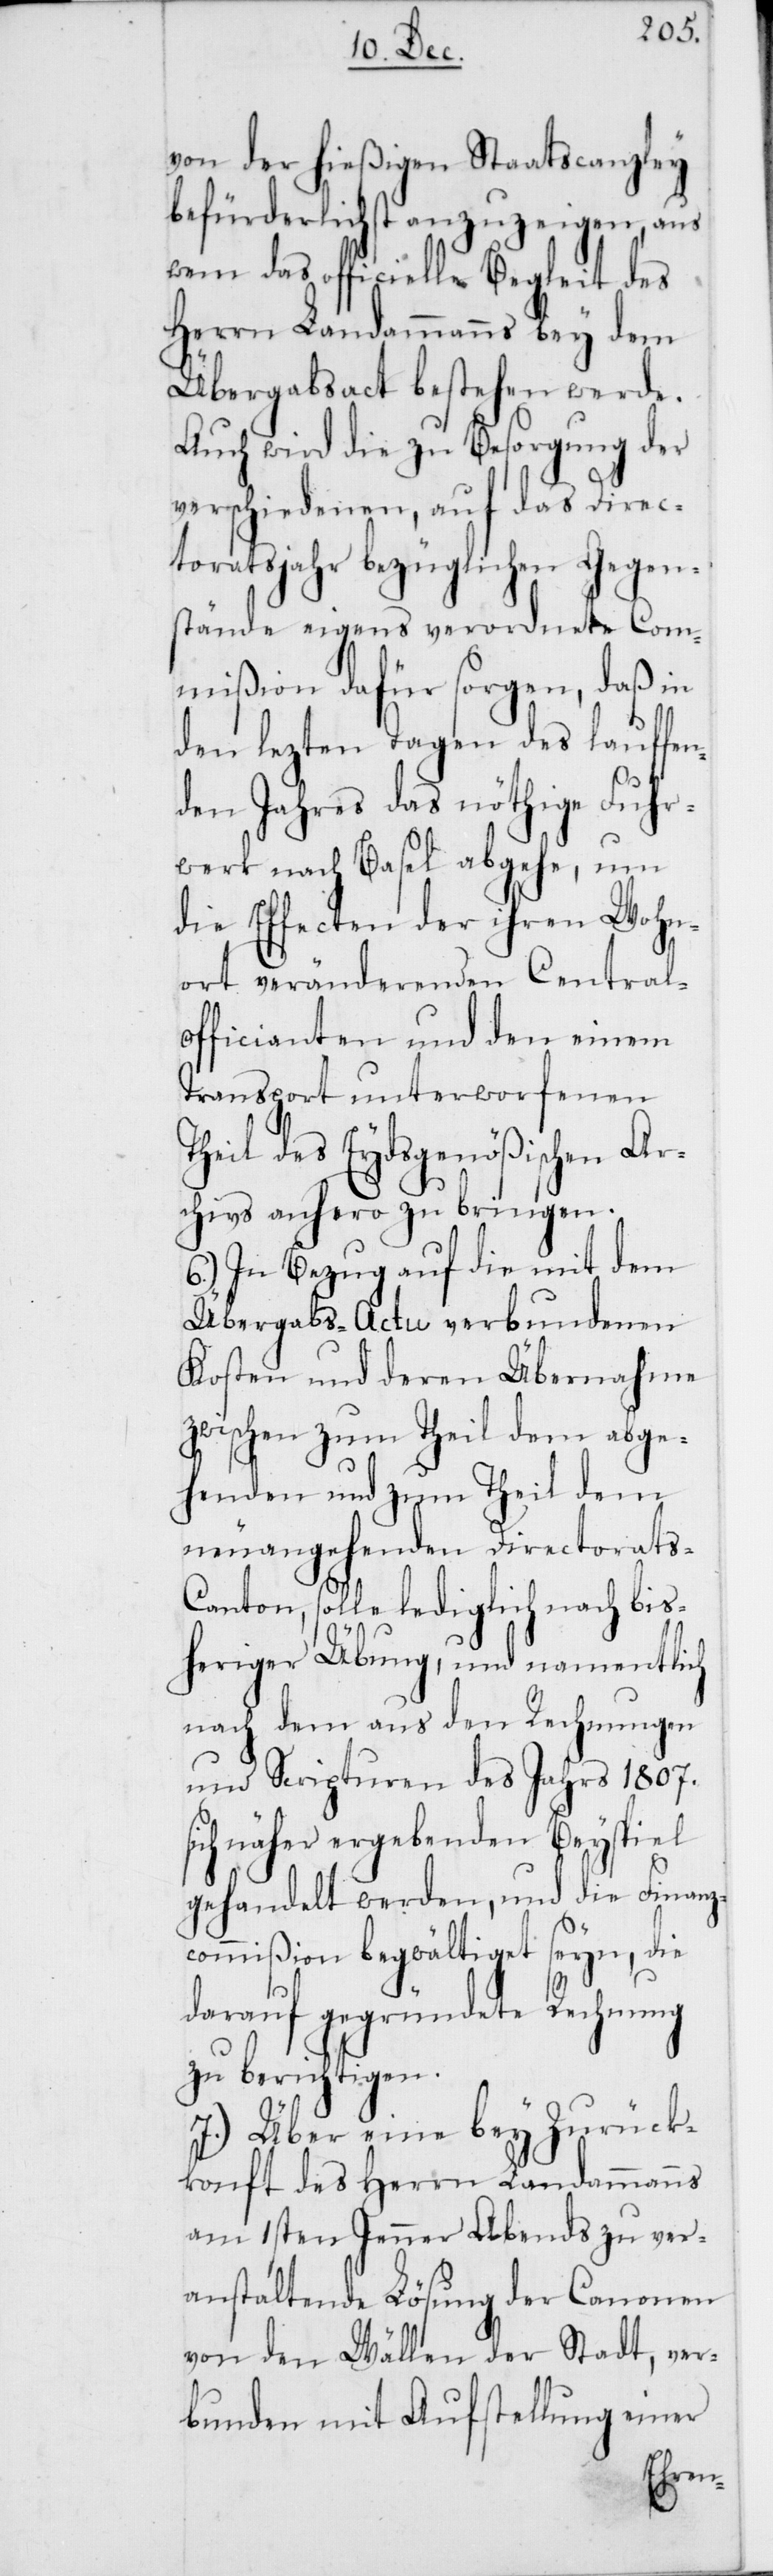
von der hießigen Sta¬
zc¬
befürderlichst anzuzei¬
lau¬
wem das officielle Begleit des
Herrn Landammanns bey dem
Übergabsact bestehen
Auch wird die zu Besorg¬
tor¬
verschiedenen, auf das
toratsjahr bezüglichen Gegen¬
stände eigens verordnete
Com¬
mißion dafür sorgen, daß in
den lezten Tagen des
ffen¬
den Jahres das nöthige Fuhr¬
werk nach Basel abgehe, um
die Effecten der ihren Wohn¬
ort veränderenden Central¬
officianten und den einem
Transport unterworfenen
Theil des Eydsgenößischen Ar¬
chivs anhero zu bringen.
6.) In Bezug auf die mit dem
Übergabs-Actu verbundenen
Kosten und deren Übernahme
zwischen zum Theil dem abge¬
henden und zum Theil dem
ats-C¬
neuangehenden Direc¬
anton, solle lediglich nach bis¬
heriger Übung, und namentlich
nach dem aus den Rechnungen
und Scripturen des Jahrs 1807.
sich näher ergebenden Beyspiel
gehandelt werden, und die Finan¬
ommißion begwältiget seyn, die
darauf gegründete Rechnung
zu berichtigen.
7.) Über eine bey Zurück¬
konft des Herrn Landammanns
am 1sten Jenner Abends zu ver¬
anstaltende Lösung der Canonen
von den Wällen der Stadt, ver¬
bunden mit Aufstellung einer